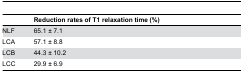
<table><thead><tr><td></td><td><b>Reduction rates of T1 relaxation time (%)</b></td></tr></thead><tbody><tr><td>NLF</td><td>65.1 ± 7.1</td></tr><tr><td>LCA</td><td>57.1 ± 8.8</td></tr><tr><td>LCB</td><td>44.3 ± 10.2</td></tr><tr><td>LCC</td><td>29.9 ± 6.9</td></tr></tbody></table>